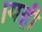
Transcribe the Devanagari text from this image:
।यही